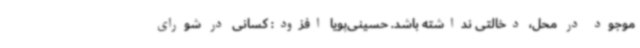
موجود در محل، دخالتی نداشته باشد. حسینی‌پویا افزود: کسانی در شورای